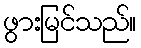
ဖွားမြင်သည်။